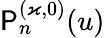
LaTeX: \mathsf{P}_{n}^{(\varkappa,0)}(u)